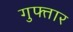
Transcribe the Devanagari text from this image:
गुफ्तार